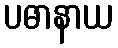
ပဓာနာယ